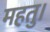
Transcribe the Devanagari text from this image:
महतु।